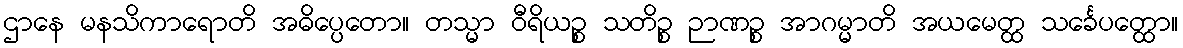
ဌာနေ မနသိကာရောတိ အဓိပ္ပေတော။ တသ္မာ ဝီရိယဉ္စ သတိဉ္စ ဉာဏဉ္စ အာဂမ္မာတိ အယမေတ္ထ သင်္ခေပတ္ထော။